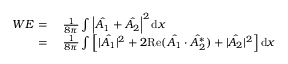
\begin{array} { r l } { W E = \ } & { \frac { 1 } { 8 \pi } \int \left| \hat { A _ { 1 } } + \hat { A _ { 2 } } \right| ^ { 2 } \mathrm { d } x } \\ { = \ } & { \frac { 1 } { 8 \pi } \int \left[ | \hat { A _ { 1 } } | ^ { 2 } + 2 \mathrm { R e } ( \hat { A _ { 1 } } \cdot \hat { A _ { 2 } ^ { * } } ) + | \hat { A _ { 2 } } | ^ { 2 } \right] \mathrm { d } x } \end{array}